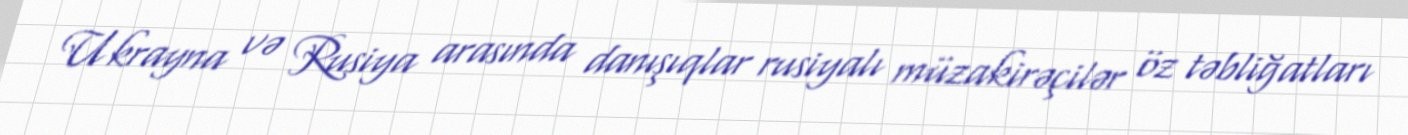
Ukrayna və Rusiya arasında danışıqlar rusiyalı müzakirəçilər öz təbliğatları